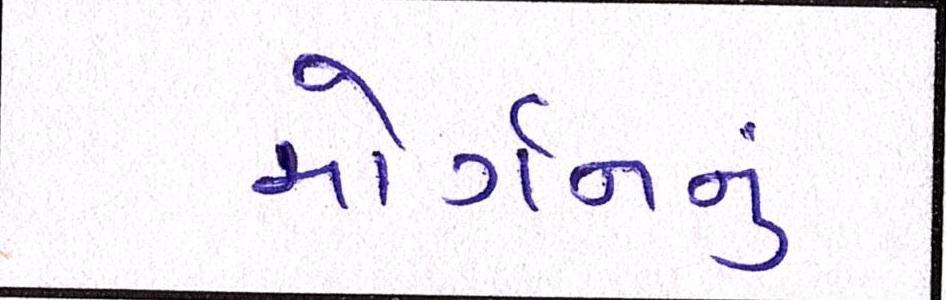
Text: મોર્ગનનું